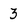
Character: 3